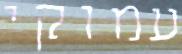
עמוקי